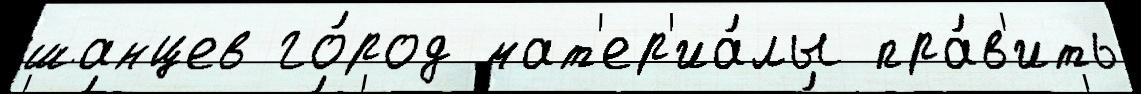
шанцев го́род мат'ер'иа́лы пра́в'ить